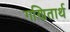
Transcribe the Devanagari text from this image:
गणितार्थ